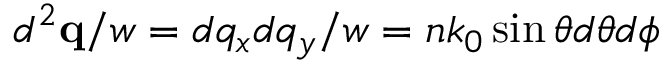
d ^ { 2 } \mathbf { q } / w = d q _ { x } d q _ { y } / w = n k _ { 0 } \sin \theta d \theta d \phi